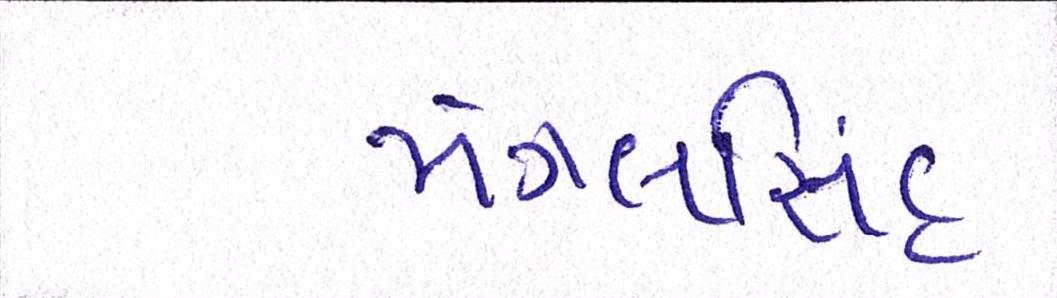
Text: મંગલસિંહ